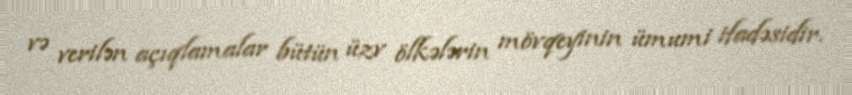
və verilən açıqlamalar bütün üzv ölkələrin mövqeyinin ümumi ifadəsidir.